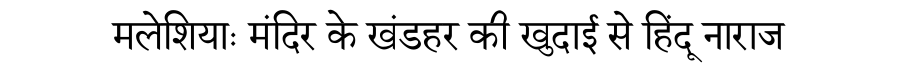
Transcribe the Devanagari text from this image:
मलेशियाः मंदिर के खंडहर की खुदाई से हिंदू नाराज